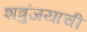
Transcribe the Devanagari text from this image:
शत्रुंजयाची